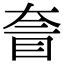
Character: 𡙄